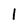
Character: 1